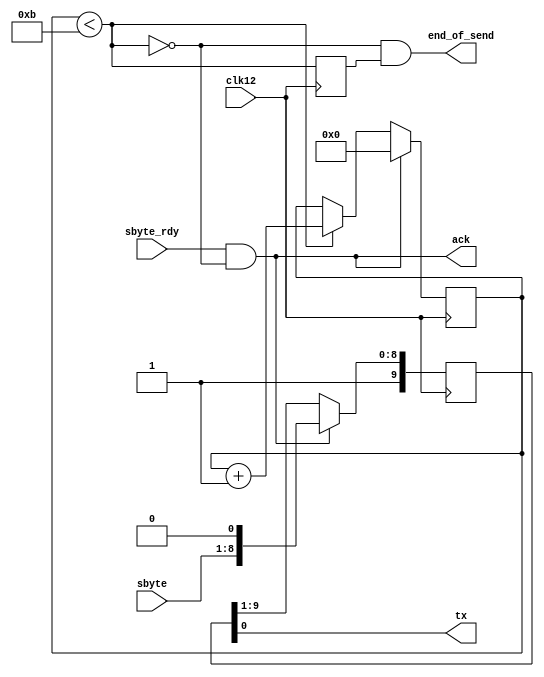

module serial(
	input wire clk12,
	input wire [7:0]sbyte,
	input wire sbyte_rdy,
	output wire tx,
	output wire end_of_send,
	output wire ack
	);

reg [9:0]sreg;
assign tx = sreg[0];
reg [3:0]cnt = 0;
wire busy; assign busy = (cnt<11);
assign ack = sbyte_rdy & ~busy;

always @(posedge clk12)
begin
	if(sbyte_rdy & ~busy)
		sreg <= { 2'b11, sbyte, 1'b0 }; //load
	else
		sreg <= {2'b11, sreg[9:1] }; //shift

	if(sbyte_rdy & ~busy)
		cnt <= 0;
	else
	if(busy)
		cnt <= cnt + 1'b1;
end

reg prev_busy;
always @(posedge clk12)
	prev_busy <= busy;

assign end_of_send = busy==1'b0 && prev_busy==1'b1;

endmodule